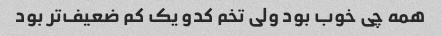
همه چی خوب بود ولی تخم کدو یک کم ضعیف‌تر بود